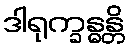
ဒါရုက္ခန္ဓန္တိ